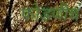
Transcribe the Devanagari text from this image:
फोडणीचं